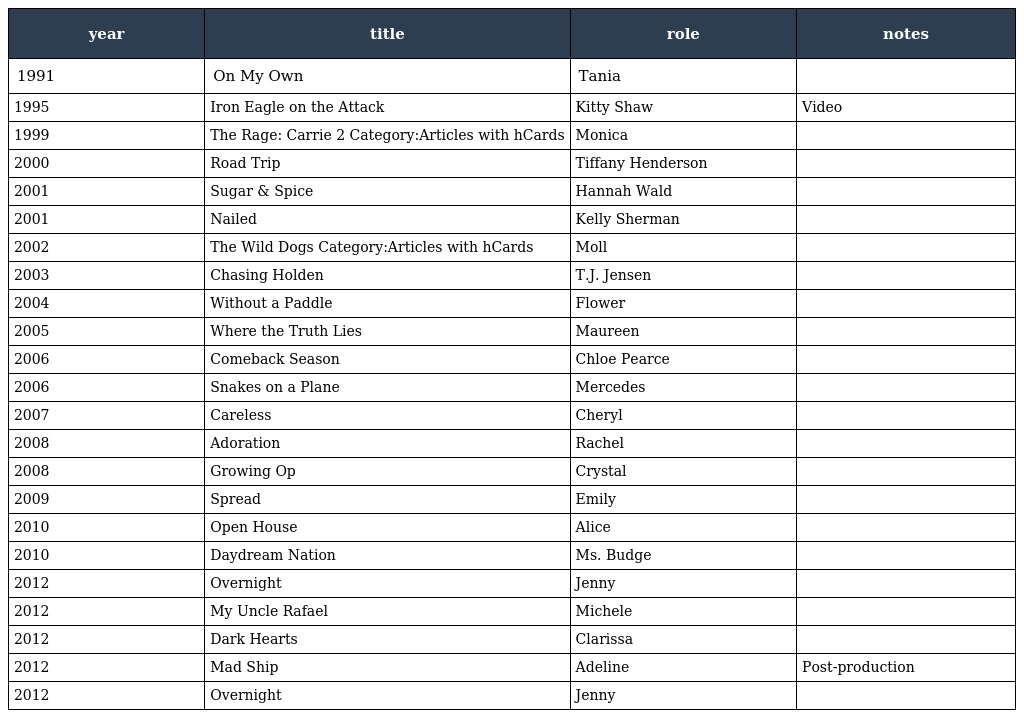
| year | title | role | notes |
 | --- | --- | --- | --- |
 | 1991 | On My Own | Tania |  |
 | 1995 | Iron Eagle on the Attack | Kitty Shaw | Video |
 | 1999 | The Rage: Carrie 2 Category:Articles with hCards | Monica |  |
 | 2000 | Road Trip | Tiffany Henderson |  |
 | 2001 | Sugar & Spice | Hannah Wald |  |
 | 2001 | Nailed | Kelly Sherman |  |
 | 2002 | The Wild Dogs Category:Articles with hCards | Moll |  |
 | 2003 | Chasing Holden | T.J. Jensen |  |
 | 2004 | Without a Paddle | Flower |  |
 | 2005 | Where the Truth Lies | Maureen |  |
 | 2006 | Comeback Season | Chloe Pearce |  |
 | 2006 | Snakes on a Plane | Mercedes |  |
 | 2007 | Careless | Cheryl |  |
 | 2008 | Adoration | Rachel |  |
 | 2008 | Growing Op | Crystal |  |
 | 2009 | Spread | Emily |  |
 | 2010 | Open House | Alice |  |
 | 2010 | Daydream Nation | Ms. Budge |  |
 | 2012 | Overnight | Jenny |  |
 | 2012 | My Uncle Rafael | Michele |  |
 | 2012 | Dark Hearts | Clarissa |  |
 | 2012 | Mad Ship | Adeline | Post-production |
 | 2012 | Overnight | Jenny |  |